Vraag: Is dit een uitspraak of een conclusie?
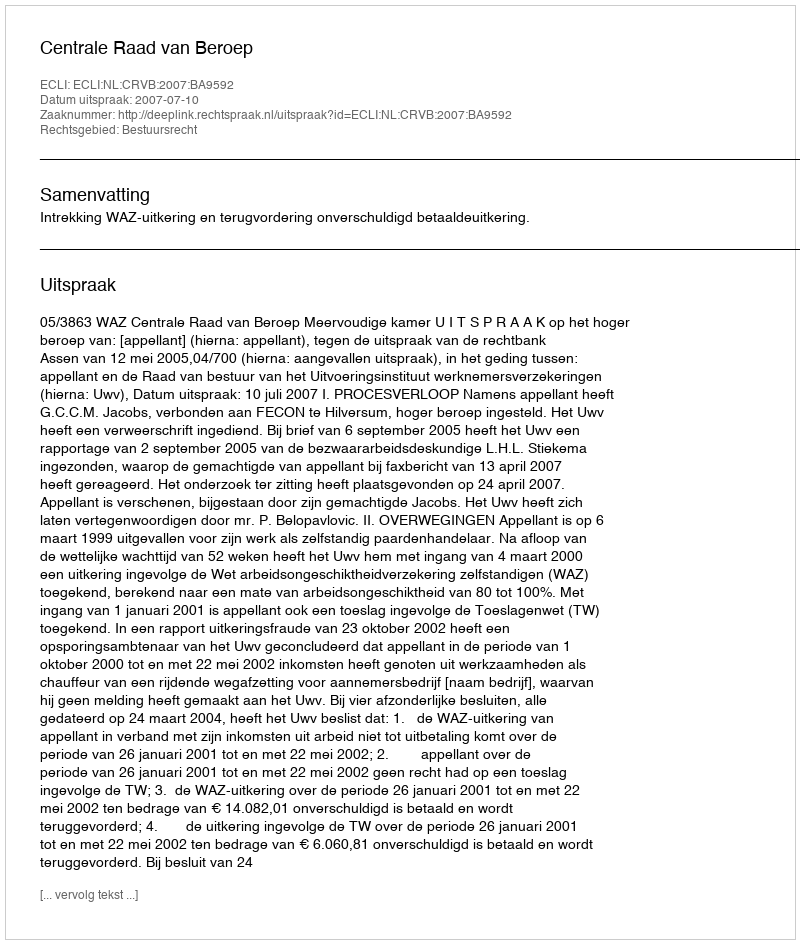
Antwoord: Uitspraak